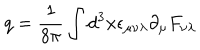
q = \frac { 1 } { 8 \pi } \int d ^ { 3 } x \epsilon _ { \mu \nu \lambda } \partial _ { \mu } F _ { \nu \lambda }